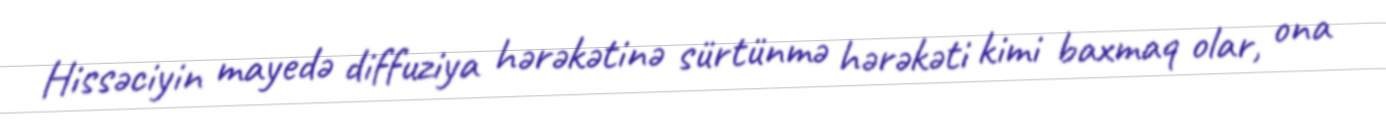
Hissəciyin mayedə diffuziya hərəkətinə sürtünmə hərəkəti kimi baxmaq olar, ona